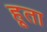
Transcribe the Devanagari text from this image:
हूता